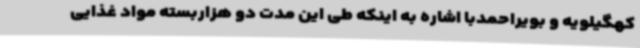
کهگیلویه و بویراحمدبا اشاره به اینکه طی این مدت دو هزاربسته مواد غذایی